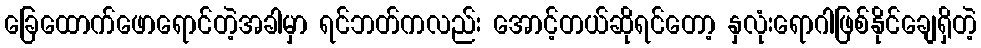
ခြေထောက်ဖောရောင်တဲ့အခါမှာ ရင်ဘတ်ကလည်း အောင့်တယ်ဆိုရင်တော့ နှလုံးရောဂါဖြစ်နိုင်ချေရှိတဲ့